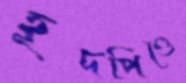
হূদপিণ্ডে